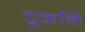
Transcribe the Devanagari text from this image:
टूकनि